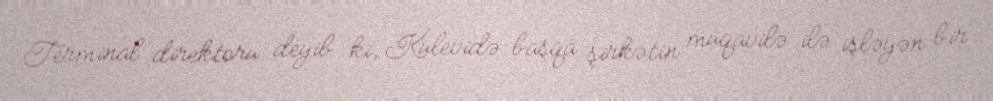
Terminal direktoru deyib ki, Kulevidə başqa şirkətin müqavilə ilə işləyən bir